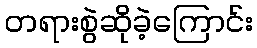
တရားစွဲဆိုခဲ့ကြောင်း